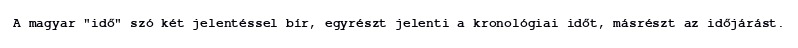
A magyar "idő" szó két jelentéssel bír, egyrészt jelenti a kronológiai időt, másrészt az időjárást.